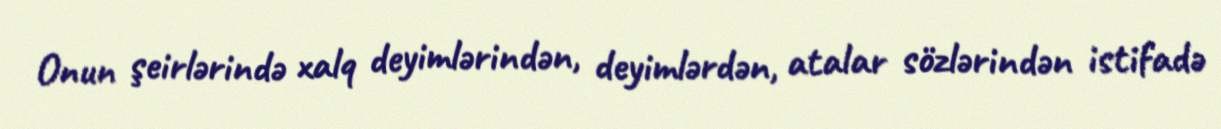
Onun şeirlərində xalq deyimlərindən, deyimlərdən, atalar sözlərindən istifadə